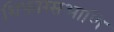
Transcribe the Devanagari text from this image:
शिफारसआणि